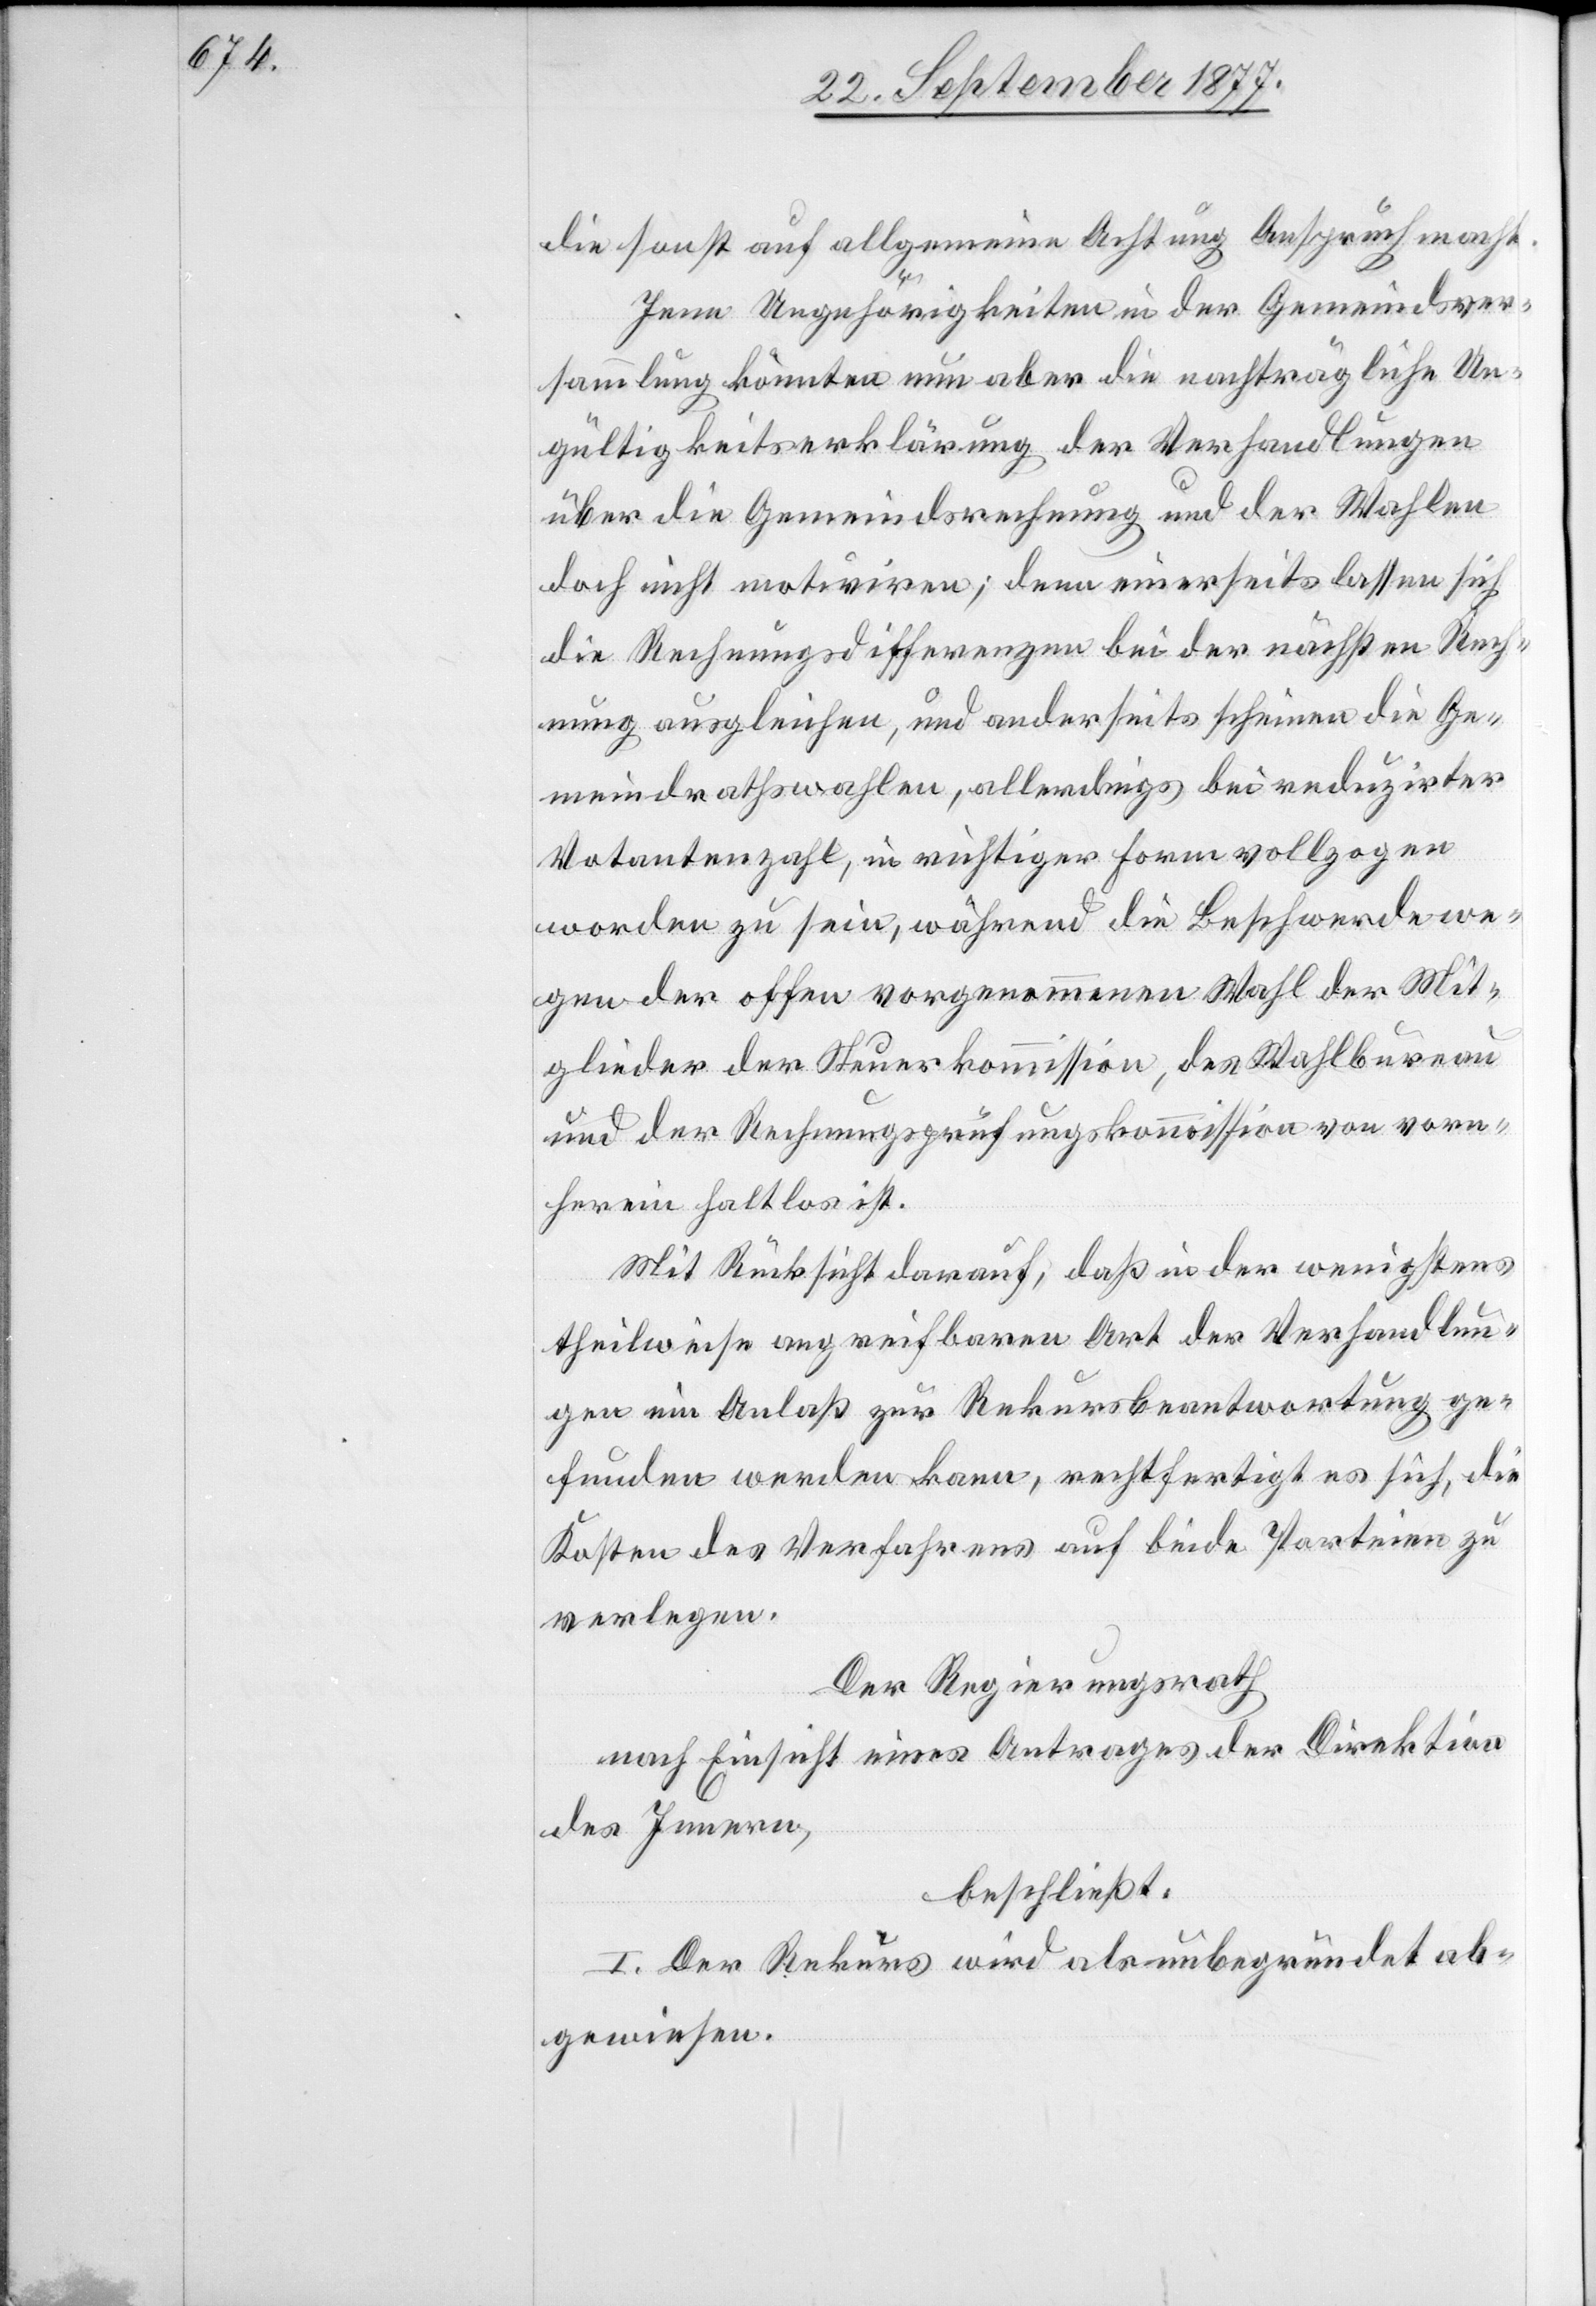
die sonst auf allgemeine Achtung Anspruch macht.
Jene Ungehörigkeiten in der Gemeindsver¬
sammlung könnten nun aber die nachträgliche Un¬
gültigkeitserklärung der Verhandlungen
über die Gemeindsrechnung und der Wahlen
doch nicht motiviren; denn einerseits lassen sich
die Rechnungsdifferenzen bei der nächsten Rech¬
nung ausgleichen, und anderseits scheinen die Ge¬
meindrathswahlen, allerdings bei reduzirter
Votantenzahl, in richtiger Form vollzogen
worden zu sein, während die Beschwerde we¬
gen der offen vorgenommenen Wahl der Mit¬
glieder der Steuerkommission, des Wahlbureau
und der Rechnungsprüfungskommission von vorn¬
herein haltlos ist.
Mit Rücksicht darauf, daß in der wenigstens
theilweise angreifbaren Art der Verhandlun¬
gen ein Anlaß zur Rekursbeantwortung ge¬
funden werden kann, rechtfertigt es sich, die
Kosten des Verfahrens auf beide Parteien zu
verlegen.
Der Regierungsrath
nach Einsicht eines Antrages der Direktion
des Innern,
beschließt:
I. Der Rekurs wird als unbegründet ab¬
gewiesen.